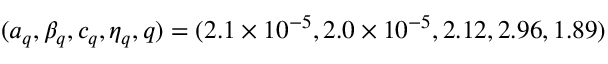
( a _ { q } , \beta _ { q } , c _ { q } , \eta _ { q } , q ) = ( 2 . 1 \times 1 0 ^ { - 5 } , 2 . 0 \times 1 0 ^ { - 5 } , 2 . 1 2 , 2 . 9 6 , 1 . 8 9 )